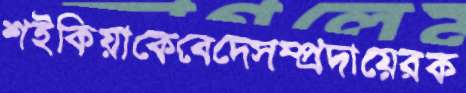
শইকিয়াকেবেদেসম্প্রদায়েরক